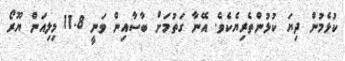
ކުޅެމުން ދިޔަ ކުޅުންތެރިޔެކެވެ. އޭނާ ގަތުމަށް ބާސާއިން ވަނީ 11.8 މިލިއަން ޔޫރޯ